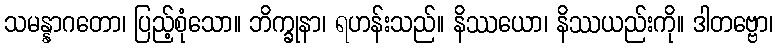
သမန္နာဂတော၊ ပြည့်စုံသော။ ဘိက္ခုနာ၊ ရဟန်းသည်။ နိဿယော၊ နိဿယည်းကို။ ဒါတဗ္ဗော၊